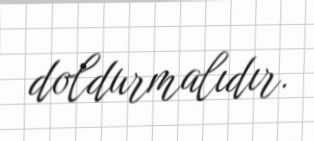
doldurmalıdır.